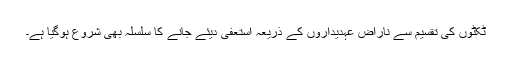
ٹکٹوں کی تقسیم سے ناراض عہدیداروں کے ذریعہ استعفیٰ دیئے جانے کا سلسلہ بھی شروع ہوگیا ہے۔